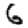
Digit: 6